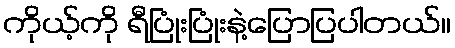
ကိုယ့်ကို ရီပြုံးပြုံးနဲ့ပြောပြပါတယ်။